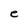
Character: e